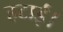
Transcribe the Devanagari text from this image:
हटाई।